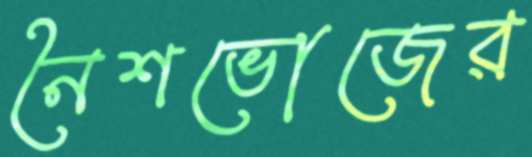
নৈশভোজের